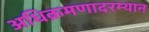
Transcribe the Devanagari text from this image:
अधिक्रमणादरम्यान